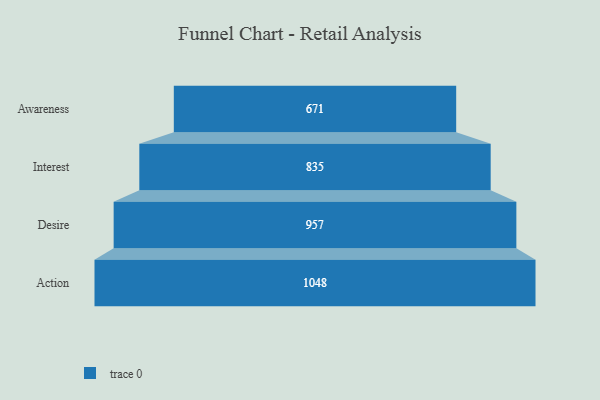
{"axis": {"x": "Stage", "y": "Value"}, "legend": [""], "data": [{"x": "Awareness", "y": 671.0, "type": ""}, {"x": "Interest", "y": 835.0, "type": ""}, {"x": "Desire", "y": 957.0, "type": ""}, {"x": "Action", "y": 1048.0, "type": ""}]}